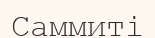
Саммиті